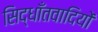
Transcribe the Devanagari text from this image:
सिद्धाँतवादियों